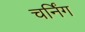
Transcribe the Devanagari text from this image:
चर्निंग